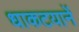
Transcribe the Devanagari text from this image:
धाकटयानें